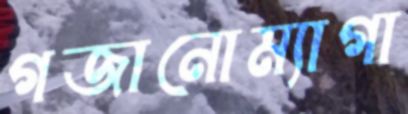
গজানোম্যাগা